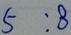
5 : 8